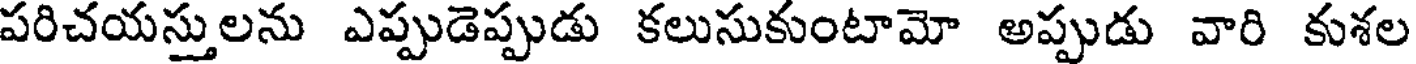
పరిచయస్తులను ఎప్పుడెప్పుడు కలుసుకుంటామో అప్పుడు వారి కుశల